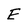
Character: E